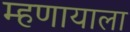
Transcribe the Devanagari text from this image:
म्हणायाला